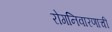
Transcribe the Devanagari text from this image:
रोगनिवारणाची